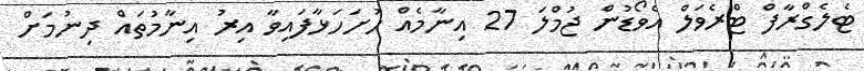
ޓެލެގްރާފް ޓްރެވަލް އެވޯޑުން ޖުމްލަ 27 އިނާމެއް ހުށަހަޅާފައިވާ އިރު އިނާމުތައް ދިނުމަށް